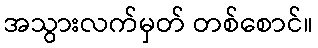
အသွားလက်မှတ် တစ်စောင်။